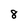
Character: 8